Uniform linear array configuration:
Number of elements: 4
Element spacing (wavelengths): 0.25
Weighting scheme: cosine
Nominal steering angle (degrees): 15
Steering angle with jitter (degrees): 15.511
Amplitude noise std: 0.05
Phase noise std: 0.05

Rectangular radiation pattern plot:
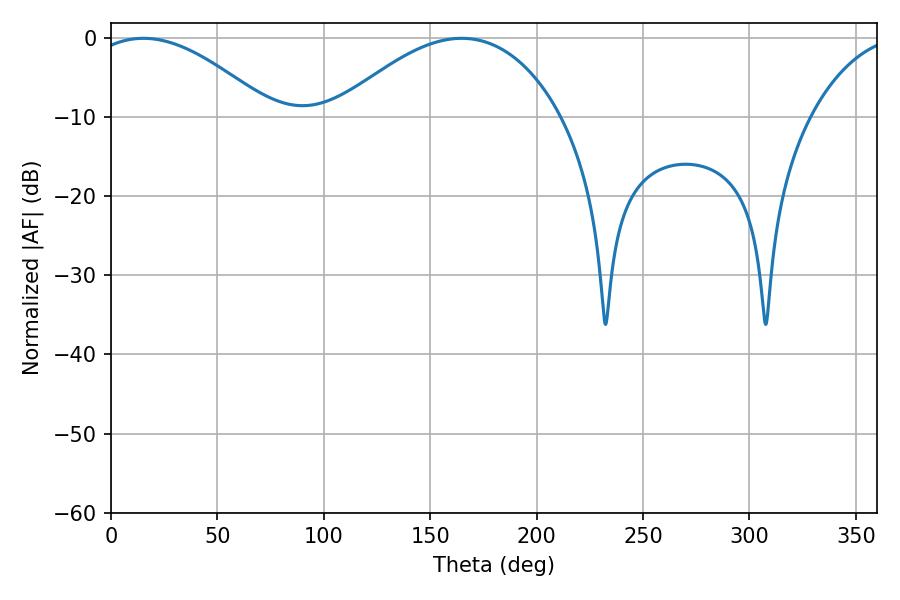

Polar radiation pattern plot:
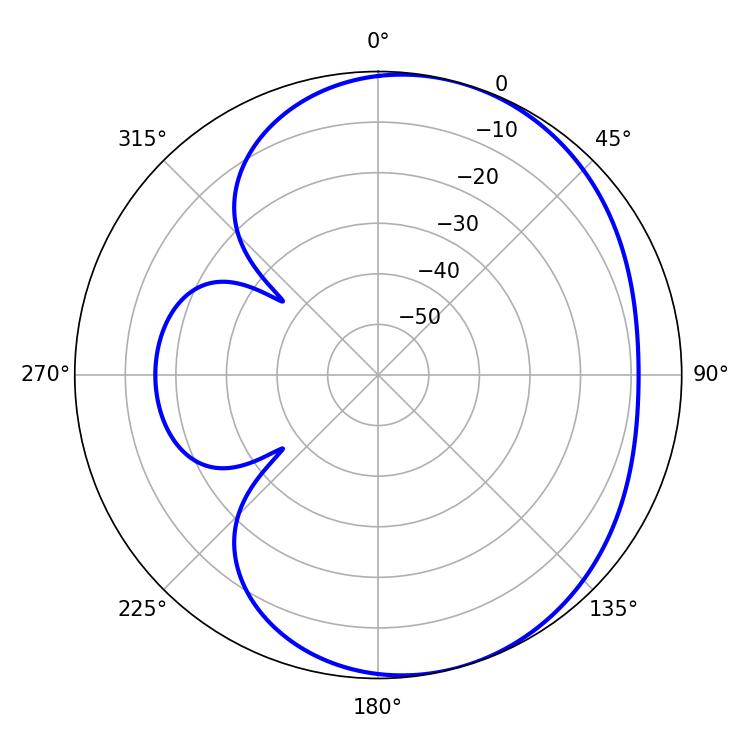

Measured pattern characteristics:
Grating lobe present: FALSE
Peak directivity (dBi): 4.495
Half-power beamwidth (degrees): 47.16
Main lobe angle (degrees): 15.3